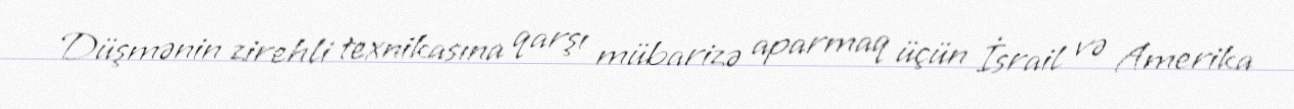
Düşmənin zirehli texnikasına qarşı mübarizə aparmaq üçün İsrail və Amerika